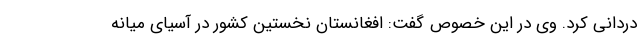
دردانی کرد. وی در این خصوص گفت: افغانستان نخستین کشور در آسیای میانه